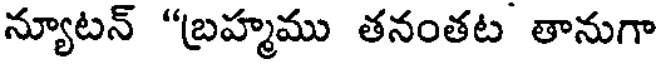
న్యూటన్ "బ్రహ్మము తనంతట తానుగా